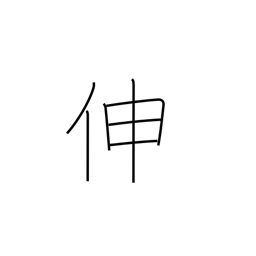
Meaning: increase